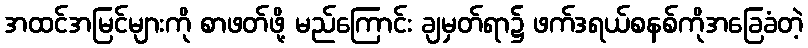
အထင်အမြင်များကို စာဖတ်ဖို့ မည်ကြောင်း ချမှတ်ရာ၌ ဖက်ဒရယ်စနစ်ကိုအခြေခံတဲ့